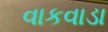
વાકવાડા